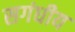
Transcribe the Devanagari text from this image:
सगंधीय